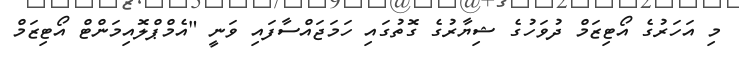
މި އަހަރުގެ އޯޓިޒަމް ދުވަހުގެ ޝިޔާރުގެ ގޮތުގައި ހަމަޖައްސާފައި ވަނީ "އެމްޕްލޮއިމަންޓް އޯޓިޒަމް